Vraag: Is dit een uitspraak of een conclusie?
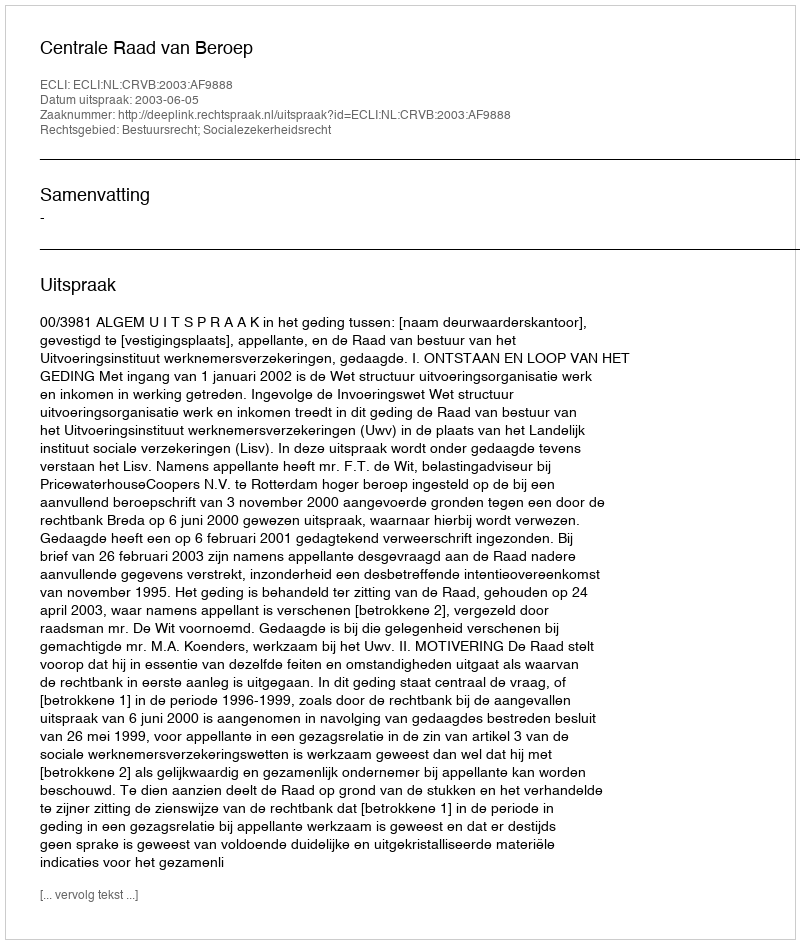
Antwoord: Uitspraak